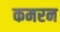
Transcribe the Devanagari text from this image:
कमरन